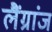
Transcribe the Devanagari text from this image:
लैंग्रांज